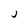
Character: j